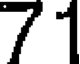
71